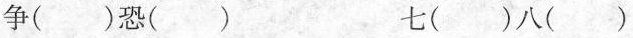
争( )恐( ) 七( )八( )